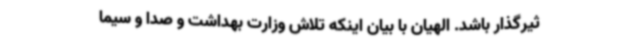
ثیرگذار باشد. الهیان با بیان اینکه تلاش وزارت بهداشت و صدا و سیما